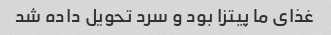
غذای ما پیتزا بود و سرد تحویل داده شد